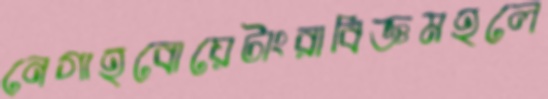
নেগাহবোয়েটাংরাবিজ্ঞমহলে